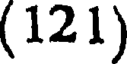
(12 1)